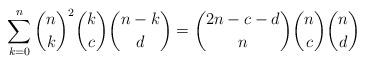
LaTeX: \begin{align*} \sum_{k=0}^n \binom{n}{k}^2 \binom{k}{c}\binom{n-k}{d} = \binom{2n-c-d}{n}\binom{n}{c}\binom{n}{d}\end{align*}